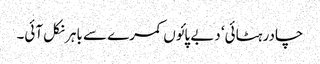
چادر ہٹائی‘ دبے پائوں کمرے سے باہر نکل آئی۔